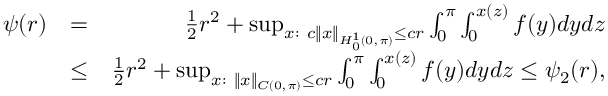
\begin{array} { r l r } { \psi ( r ) } & { = } & { \frac { 1 } { 2 } r ^ { 2 } + \operatorname* { s u p } _ { x : \ c \| x \| _ { H _ { 0 } ^ { 1 } ( 0 , \pi ) } \leq c r } \int _ { 0 } ^ { \pi } \int _ { 0 } ^ { x ( z ) } { f ( y ) d y } d z } \\ & { \leq } & { \frac { 1 } { 2 } r ^ { 2 } + \operatorname* { s u p } _ { x : \ \| x \| _ { C ( 0 , \pi ) } \leq c r } \int _ { 0 } ^ { \pi } \int _ { 0 } ^ { x ( z ) } { f ( y ) d y } d z \leq \psi _ { 2 } ( r ) , } \end{array}